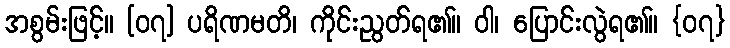
အစွမ်းဖြင့်။ [၀၇] ပရိဏမတိ၊ ကိုင်းညွတ်ရ၏။ ဝါ၊ ပြောင်းလွဲရ၏။ {၀၇}